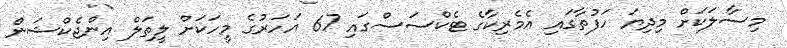
މިސާލަކަށް މިދިޔަ ހަފުތާގައި އެމެރިކާގެ ޓެކްސަސްގައި 67 އަހަރުގެ މީހަކަށް ލީތަލް އިންޖެކްޝަން